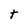
Character: t